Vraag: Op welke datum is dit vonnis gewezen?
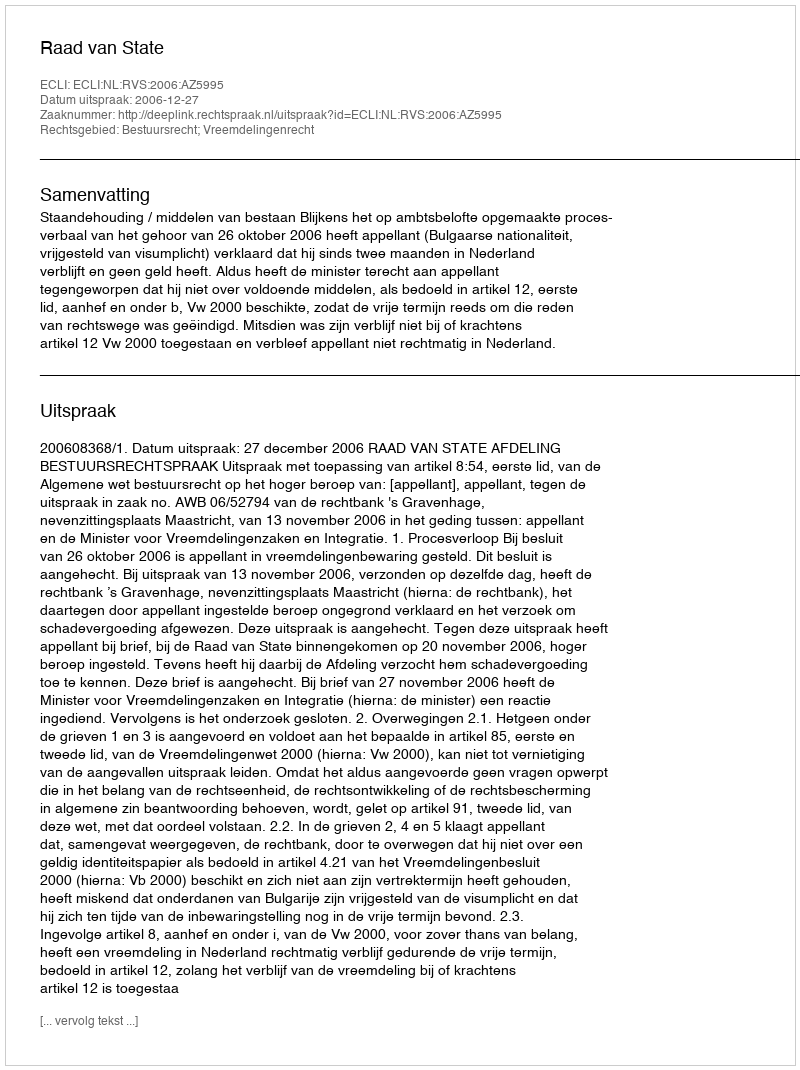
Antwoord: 2006-12-27